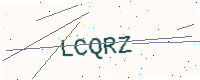
Text: LCQRZ